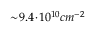
\sim \! 9 . 4 \! \cdot \! 1 0 ^ { 1 0 } c m ^ { - 2 }